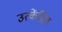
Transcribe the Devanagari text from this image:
उत्केंद्रित